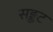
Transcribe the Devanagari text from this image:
सङ्कट